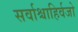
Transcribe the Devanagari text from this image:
सर्वाश्चाहिर्वजो